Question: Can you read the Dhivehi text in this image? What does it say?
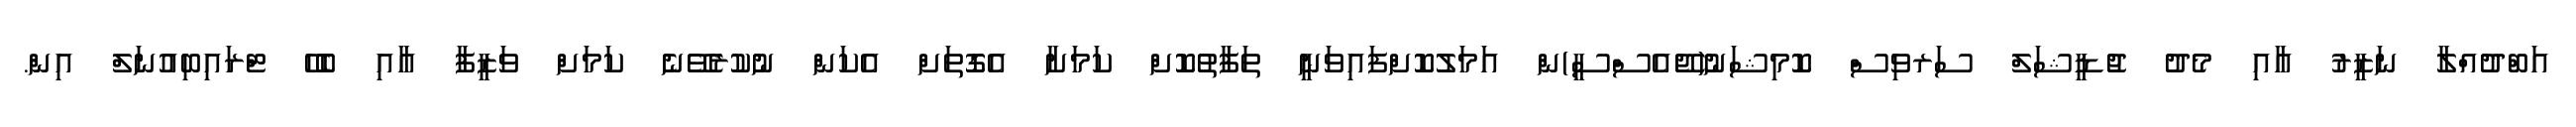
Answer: އަބްދުއްލާ ނަޒީރު އާއި މެދު ޖުޑީޝަލް ސަރވިސް ކޮމިޝަނު(ޖޭއެސްސީ)ން އަމަލުކޮށްފައިވަނީ ތަފާތުކޮށް ކަމަށާ އެގޮތަށް އެކަން ނުކުރެވޭނެ ކަމަށް ވަޒީފާ އާއި ބެހޭ ޓްރައިބިއުނަލް އިން.